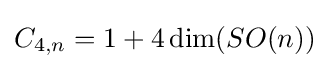
C_{4,n}=1+4\dim(SO(n))